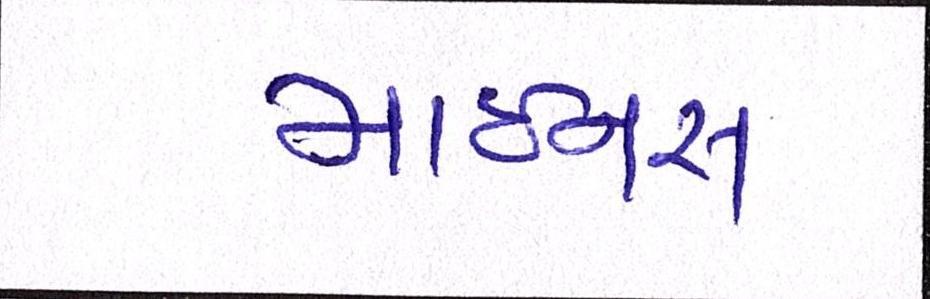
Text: માઇનસ